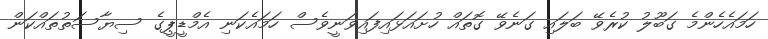
ހަމައެހެންމެ ގަބޫލު ކުރެވޭ ބަލައި ގަނެވޭ ގޮތައް ހުށައަޅައިފައިވަނީވެސް ހަމައެކަނި އެމްޑީޕީގެ ސިޔާސަތުތައްކަން